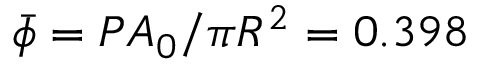
{ \bar { \phi } } = { \cal P } A _ { 0 } / \pi R ^ { 2 } = 0 . 3 9 8